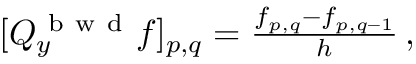
\begin{array} { r } { [ Q _ { y } ^ { \mathrm { ~ b ~ w ~ d ~ } } f ] _ { p , q } = \frac { f _ { p , q } - f _ { p , q - 1 } } { h } \, , } \end{array}